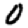
Digit: 0